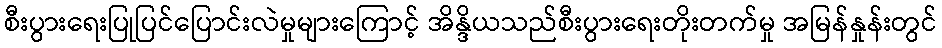
စီးပွားရေးပြုပြင်ပြောင်းလဲမှုများကြောင့် အိန္ဒိယသည်စီးပွားရေးတိုးတက်မှု အမြန်နှုန်းတွင်